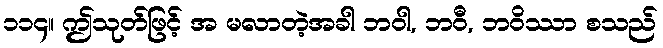
၁၁၄။ ဤသုတ်ဖြင့် အ မလာတဲ့အခါ ဘဝါ, ဘဝီ, ဘဝိဿာ စသည်